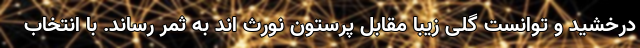
درخشید و توانست گلی زیبا مقابل پرستون نورث اند به ثمر رساند. با انتخاب